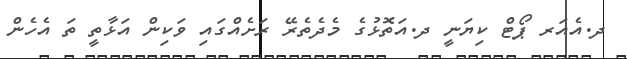
ދ.އެއަރ ޕޯޓް ކިޔަނީ ދ.އަތޮޅުގެ މެދެތެރޭ ރަށެއްގައި ވަކިން އަޅާތީ ތަ އެހެން